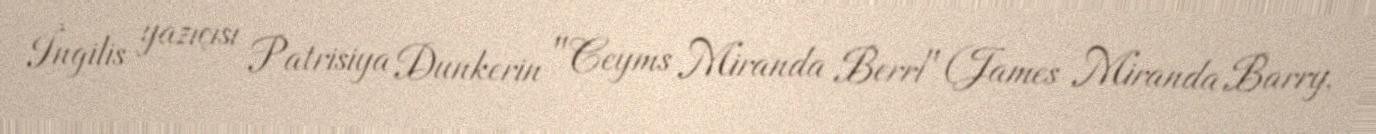
İngilis yazıçısı Patrisiya Dunkerin "Ceyms Miranda Berri" (James Miranda Barry,